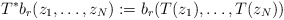
\begin{align*}T^{*}b_{r}(z_{1},\ldots,z_{N}):=b_{r}(T(z_{1}),\ldots,T(z_{N}))\end{align*}